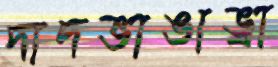
দাদভাঙাভ্রা